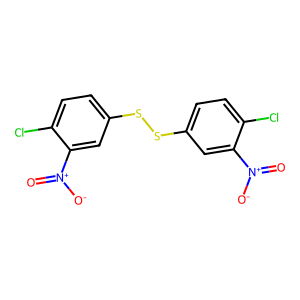
SMILES: O=[N+]([O-])c1cc(SSc2ccc(Cl)c([N+](=O)[O-])c2)ccc1Cl
Inhibits HIV replication: No